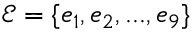
\mathcal { E } = \{ e _ { 1 } , e _ { 2 } , . . . , e _ { 9 } \}